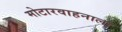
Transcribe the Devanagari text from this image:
मोटारवाहनाला